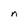
Character: g